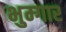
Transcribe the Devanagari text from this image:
भुम्गार